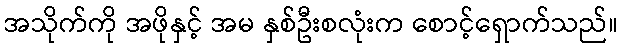
အသိုက်ကို အဖိုနှင့် အမ နှစ်ဦးစလုံးက စောင့်ရှောက်သည်။